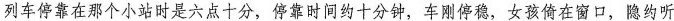
列车停靠在那个小站时是六点十分，停靠时间约十分钟，车刚停稳，女孩倚在窗口，隐约听